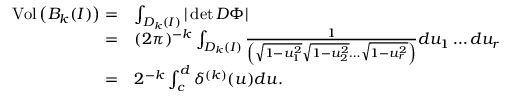
\begin{array} { r l } { \operatorname { V o l } \left( B _ { k } ( I ) \right) = } & { \int _ { D _ { k } ( I ) } | \det D \Phi | } \\ { = } & { ( 2 \pi ) ^ { - k } \int _ { D _ { k } ( I ) } \frac { 1 } { \left( \sqrt { 1 - u _ { 1 } ^ { 2 } } \sqrt { 1 - u _ { 2 } ^ { 2 } } \dots \sqrt { 1 - u _ { r } ^ { 2 } } \right) } d u _ { 1 } \dots d u _ { r } } \\ { = } & { 2 ^ { - k } \int _ { c } ^ { d } \delta ^ { ( k ) } ( u ) d u . } \end{array}